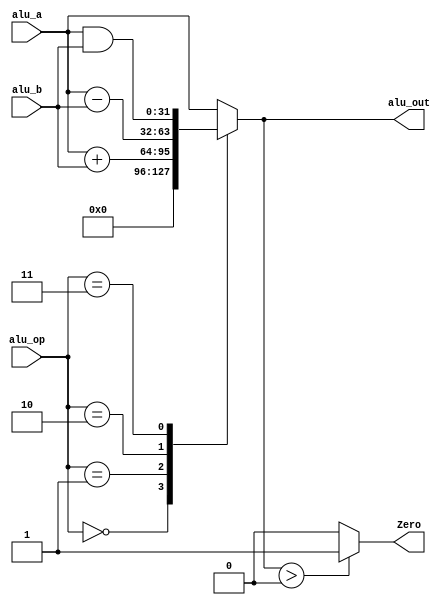
module ALU(
    input signed [31:0] alu_a,
    input signed [31:0] alu_b,
    input        [2:0]  alu_op,
    output reg Zero,
    output reg signed [31:0] alu_out
);

parameter A_NOP = 2'h00;  //空运
parameter	A_ADD = 2'h01;	//符号
parameter	A_SUB = 2'h02;	//符号
parameter	A_AND = 2'h03;	//
parameter	A_OR = 2'h04;	//
parameter	A_XOR = 2'h05;	//异或
parameter	A_NOR = 2'h06;	//或非

always@(*) begin
  case (alu_op)
    A_NOP: alu_out = 32'h0;
    A_ADD: alu_out = alu_a + alu_b;
    A_SUB: alu_out = alu_a - alu_b;
    A_AND: alu_out = alu_a & alu_b;
    A_OR: alu_out = alu_a | alu_b;
    A_XOR: alu_out = alu_a ^ alu_b;
    A_NOR: alu_out = ~(alu_a | alu_b);
    default: alu_out = alu_a;
  endcase
  if (alu_out > 0)
    Zero = 1;
  else
    Zero = 0;
end

endmodule